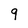
Character: 9